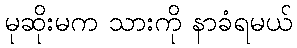
မုဆိုးမက သားကို နာခံရမယ်